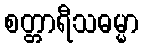
စတ္တာရီသဓမ္မာ